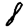
Digit: 8